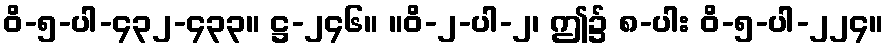
ဝိ-၅-ပါ-၄၃၂-၄၃၃။ ဋ္ဌ-၂၄၆။ ။ဝိ-၂-ပါ-၂၊ ဤ၌ ၈-ပါး ဝိ-၅-ပါ-၂၂၄။